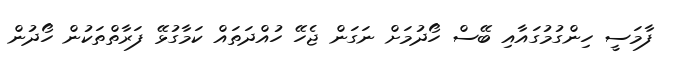
ފާމަސީ ހިންގުމުގައާއި ބޭސް ހޯދުމަށް ނަގަން ޖެހޭ ހުއްދަތައް ކަމާގުޅޭ ފަރާތްތަކުން ހޯދުން